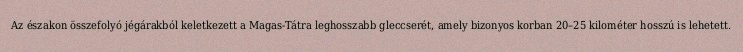
Az északon összefolyó jégárakból keletkezett a Magas-Tátra leghosszabb gleccserét, amely bizonyos korban 20–25 kilométer hosszú is lehetett.